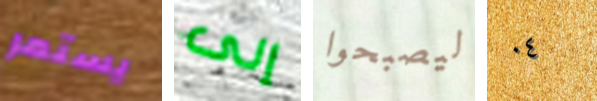
يستمر إلى ليصبحوا ٠٤